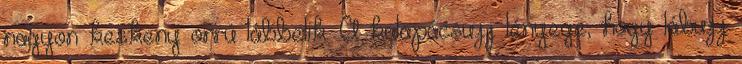
nagyon keskeny orrú lábbelik. A kalapácsujj lényege, hogy lábujj